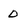
Character: 0